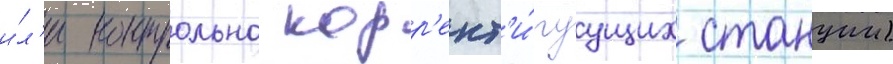
и́л'и контрольно корр'ект'и́руущих станции)